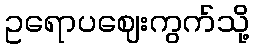
ဥရောပဈေးကွက်သို့